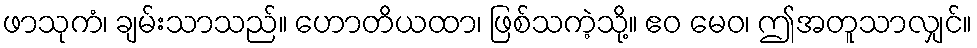
ဖာသုကံ၊ ချမ်းသာသည်။ ဟောတိယထာ၊ ဖြစ်သကဲ့သို့။ ဧဝ မေဝ၊ ဤအတူသာလျှင်။